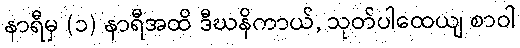
နာရီမှ (၁) နာရီအထိ ဒီဃနိကာယ်, သုတ်ပါထေယျ စာဝါ